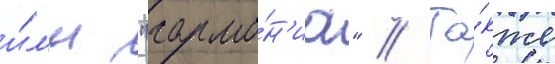
и́л'и "гармо́н'иа" // Та́кже